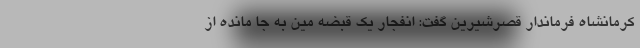
کرمانشاه فرماندار قصرشیرین گفت: انفجار یک قبضه مین به جا مانده از